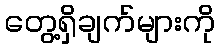
တွေ့ရှိချက်များကို